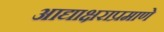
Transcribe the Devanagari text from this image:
आद्याक्षराप्रमाणे